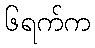
၆ရက်က